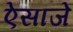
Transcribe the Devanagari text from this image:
ऐसाजे